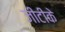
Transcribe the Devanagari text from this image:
जीटीके